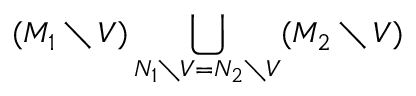
( M _ { 1 } \setminus V ) \bigcup _ { N _ { 1 } \setminus V = N _ { 2 } \setminus V } ( M _ { 2 } \setminus V )